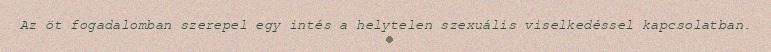
Az öt fogadalomban szerepel egy intés a helytelen szexuális viselkedéssel kapcsolatban.